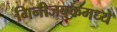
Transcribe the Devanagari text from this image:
गिनीजबुकमध्ये